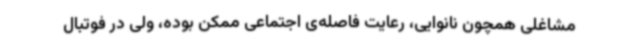
مشاغلی همچون نانوایی، رعایت فاصله‌ی اجتماعی ممکن بوده، ولی در فوتبال